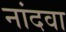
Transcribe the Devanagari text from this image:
नांदवा